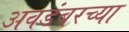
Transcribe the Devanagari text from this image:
अवडंबरच्या